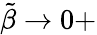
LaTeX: \tilde{\beta}\to 0+